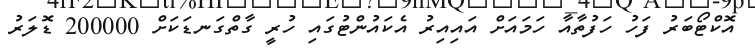
އޮކްޓޯބަރު ފަހު ހަފުތާއާ ހަމައަށް އައިއިރު އެކައުންޓުގައި ހުރީ ގާތްގަނޑަކަށް 200000 ޑޮލަރު